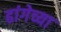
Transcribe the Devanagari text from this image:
ढांगेच्या